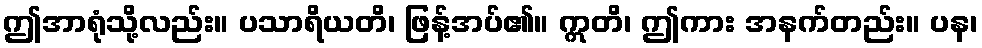
ဤအာရုံသို့လည်း။ ပသာရိယတိ၊ ဖြန့်အပ်၏။ ဣတိ၊ ဤကား အနက်တည်း။ ပန၊